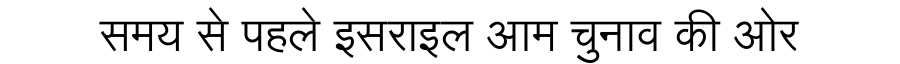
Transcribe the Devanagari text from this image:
समय से पहले इसराइल आम चुनाव की ओर